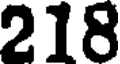
218